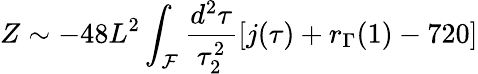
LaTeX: Z\sim-48L^{2}\int_{\cal F}\frac{d^{2}\tau}{\tau_{2}^{2}}[j(\tau)+r_{\Gamma}(1)-720]